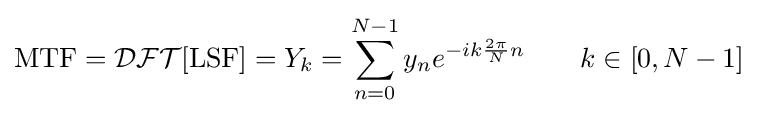
\operatorname {MTF} ={\mathcal {DFT}}[\operatorname {LSF} ]=Y_{k}=\sum _{n=0}^{N-1}y_{n}e^{-ik{\frac {2\pi }{N}}n}\qquad k\in [0,N-1]